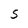
Character: S